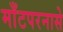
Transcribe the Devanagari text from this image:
माँटपरनासे